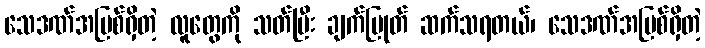
သေဒဏ်အပြစ်ရှိတဲ့ လူတွေကို သတ်ပြီး ချက်ပြုတ် ဆက်သရတယ်၊ သေဒဏ်အပြစ်ရှိတဲ့